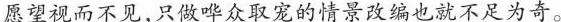
愿望视而不见，只做哗众取宠的情景改编也就不足为奇。